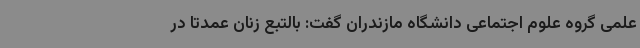
علمی گروه علوم اجتماعی دانشگاه مازندران گفت: بالتبع زنان عمدتاً در